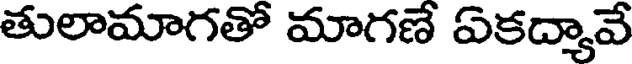
తులామాగతో మాగణే ఏకద్యావే